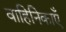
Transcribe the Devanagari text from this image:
वाहिनिकाएँ